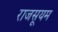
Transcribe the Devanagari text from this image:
राजसूयम